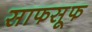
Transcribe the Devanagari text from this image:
साफसूफ